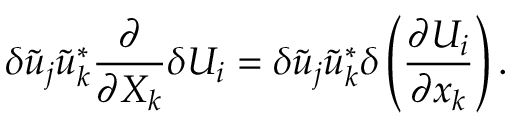
\delta \tilde { { u } } _ { j } \tilde { { u } } _ { k } ^ { * } \frac { \partial } { \partial X _ { k } } \delta U _ { i } = \delta \tilde { { u } } _ { j } \tilde { { u } } _ { k } ^ { * } \delta \left( \frac { \partial U _ { i } } { \partial x _ { k } } \right) .